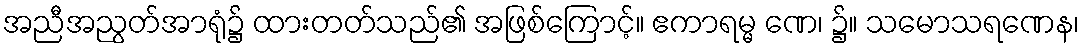
အညီအညွတ်အာရုံ၌ ထားတတ်သည်၏ အဖြစ်ကြောင့်။ ဧကာရမ္မ ဏေ၊ ၌။ သမောသရဏေန၊